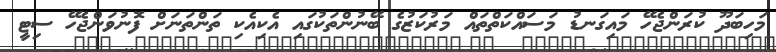
މަހިބަދޫ ކުރަންޖެހޭ މައިގަނޑު މަސައްކަތްތައް މަރުކަޒުގެ ބޭނުންތަކުގައި އެކިއެކި ތަންތަނަށް ފޮނުވަންޖެހޭ ސިޓީ